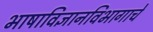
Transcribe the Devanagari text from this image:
भाषाविज्ञानविभागाचे